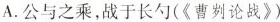
A.公与之乘，战于长勺(《曹刿论战》)